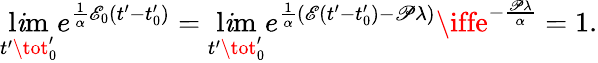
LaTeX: \operatorname*{l\mathit{i}m}_{t^{\prime}\tot_{0}^{\prime}}e^{\frac{{1}}{{\alpha}}\mathscr{{E}}_{0}(t^{\prime}-t_{0}^{\prime})}=\operatorname*{l\mathit{i}m}_{t^{\prime}\tot_{0}^{\prime}}e^{\frac{{1}}{{\alpha}}\left(\mathscr{{E}}(t^{\prime}-t_{0}^{\prime})-\mathscr{{P}}\lambda\right)}\iffe^{-\frac{{\mathscr{{P}}\lambda}}{{\alpha}}}=1.